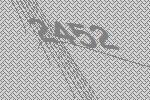
2452